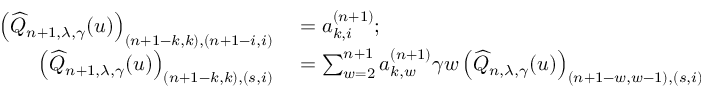
\begin{array} { r l } { \left( \widehat { Q } _ { n + 1 , \lambda , \gamma } ( u ) \right) _ { ( n + 1 - k , k ) , ( n + 1 - i , i ) } } & { { } = a _ { k , i } ^ { ( n + 1 ) } ; } \\ { \left( \widehat { Q } _ { n + 1 , \lambda , \gamma } ( u ) \right) _ { ( n + 1 - k , k ) , ( s , i ) } } & { { } = \sum _ { w = 2 } ^ { n + 1 } a _ { k , w } ^ { ( n + 1 ) } \gamma w \left( \widehat { Q } _ { n , \lambda , \gamma } ( u ) \right) _ { ( n + 1 - w , w - 1 ) , ( s , i ) } . } \end{array}